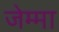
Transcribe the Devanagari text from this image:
जेम्मा